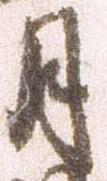
月